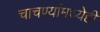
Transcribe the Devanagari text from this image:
चाचण्यांमध्येही